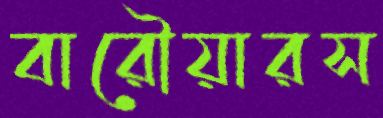
বারৌয়ারস